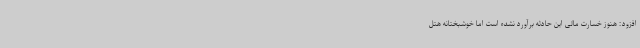
افزود: هنوز خسارت مالی این حادثه برآورد نشده است اما خوشبختانه هتل